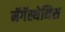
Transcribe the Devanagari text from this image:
मॅगॅस्थेनिस